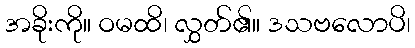
အခိုးကို။ ဝမထိ၊ လွှတ်၏။ ဒသဗလောပိ၊